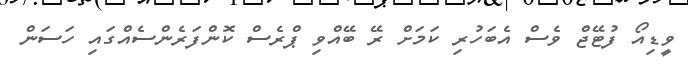
ވީޑިއޯ ފުޓޭޖް ވެސް އެބަހުރި ކަމަށް ރޭ ބޭއްވި ޕްރެސް ކޮންފަރެންސެއްގައި ހަސަން